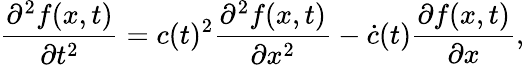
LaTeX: \frac{\partial^{2}f(x,t)}{\partial t^{2}}=c(t)^{2}\frac{\partial^{2}f(x,t)}{\partial x^{2}}-\dot{c}(t)\frac{\partial f(x,t)}{\partial x},